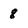
Character: 8